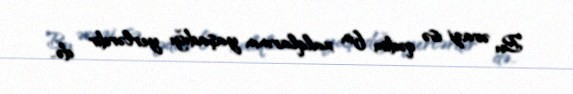
Bu ərazi isə qədim fin xalqlarının yaşadığı yerlərdir də..